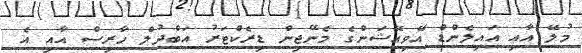
މުލޭ އާއި އައިލެންޑް އޭވިއޭޝަންގެ މެނޭޖިން ޑިރެކްޓަރު އަބްދުލް ހާރިސް އާއި އެ